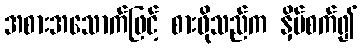
အစားအသောက်ဖြင့် စားဖိုသည်က နှိပ်စက်၍